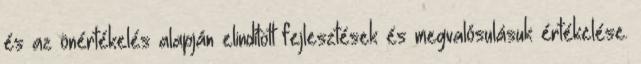
és az önértékelés alapján elindított fejlesztések és megvalósulásuk értékelése.